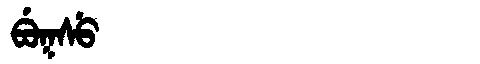
Manchu: ᠪᡠᡴᠰᡠ
Romanization: BUKSU